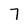
Character: 7